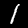
Digit: 1